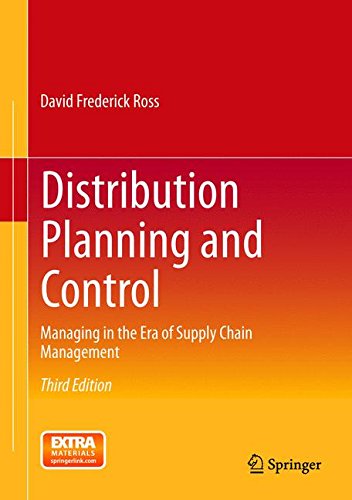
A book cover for Distribution Planning and Control: Managing in the Era of Supply Chain Management; David Frederick Ross; Business & Money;